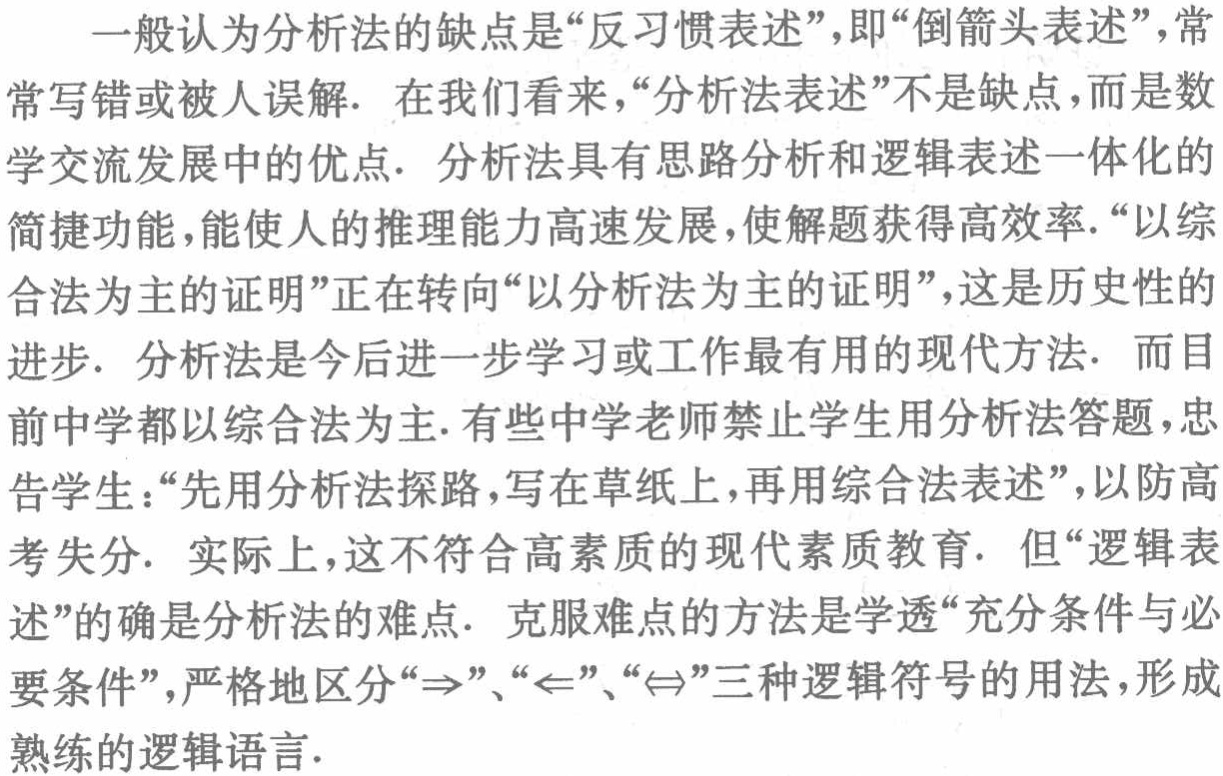
一般认为分析法的缺点是“反习惯表述”，即“倒箭头表述”，常常写错或被人误解. 在我们看来，“分析法表述”不是缺点，而是数学交流发展中的优点. 分析法具有思路分析和逻辑表述一体化的简捷功能，能使人的推理能力高速发展，使解题获得高效率.“以综合法为主的证明”正在转向“以分析法为主的证明”，这是历史性的进步. 分析法是今后进一步学习或工作最有用的现代方法. 而目前中学都以综合法为主. 有些中学老师禁止学生用分析法答题，忠告学生：“先用分析法探路，写在草纸上，再用综合法表述”，以防高考失分. 实际上，这不符合高素质的现代素质教育. 但“逻辑表述”的确是分析法的难点. 克服难点的方法是学透“充分条件与必要条件”，严格地区分“\(\Rightarrow\)”、“\(\Leftarrow\)”、“\(\Leftrightarrow\)”三种逻辑符号的用法，形成熟练的逻辑语言.